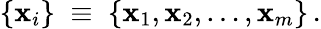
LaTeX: \left\{ \mathbf{x}_{i}\right\} \; \equiv\; \left\{ \mathbf{x}_{1},\mathbf{x}_{2},\ldots,\mathbf{x}_{m}\right\} \, .